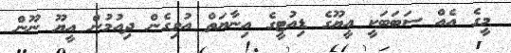
މީގެ އެއް ސަބަބަކީ އީޔޫގެ ޑިއުޓީގެ އިނާޔަތް އުވިގެން ދިއުމުން އީޔޫ ނޫން